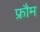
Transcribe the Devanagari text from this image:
फ्रौम